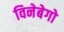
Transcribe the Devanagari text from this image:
विनेबेगो